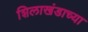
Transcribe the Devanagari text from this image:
शिलाखंडाच्या